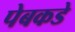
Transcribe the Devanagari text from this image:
पेबकडे